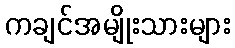
ကချင်အမျိုးသားများ